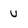
Character: U